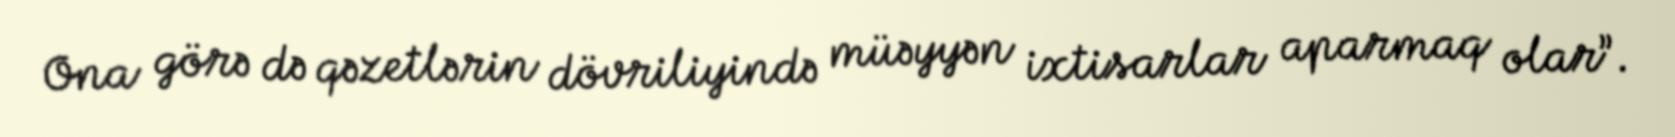
Ona görə də qəzetlərin dövriliyində müəyyən ixtisarlar aparmaq olar”.